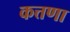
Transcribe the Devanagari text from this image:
कत्तणा